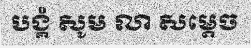
បង្គំ សូម លា សម្តេច